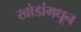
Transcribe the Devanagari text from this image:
खोडांमधून